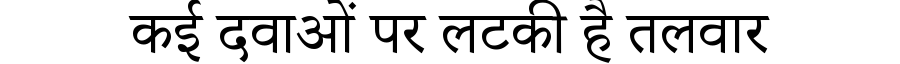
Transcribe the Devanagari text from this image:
कई दवाओं पर लटकी है तलवार